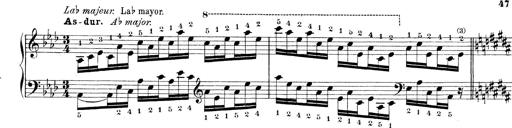
Title: Technische Studien
Composer: Franz Liszt